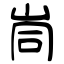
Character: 峝